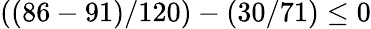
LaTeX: ((86-91)/120)-(30/71)\leq 0